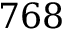
7 6 8